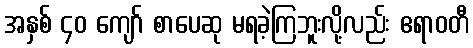
အနှစ် ၄၀ ကျော် စာပေဆု မရခဲ့ကြဘူးလို့လည်း ဧရာဝတီ